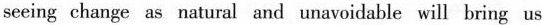
seeing change as natural and unavoidable will bring us